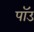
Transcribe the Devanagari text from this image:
पॉउ